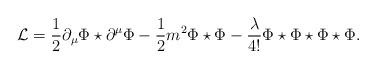
LaTeX: \begin{align*}\mathcal{L} = \frac {1}{2} \partial_\mu \Phi\star\partial^\mu\Phi -\frac 12 m^2 \Phi\star\Phi - \frac \lambda{4!}\Phi\star\Phi\star\Phi\star\Phi. \end{align*}